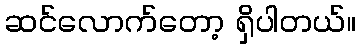
ဆင်လောက်တော့ ရှိပါတယ်။